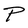
Character: P